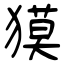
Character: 獏